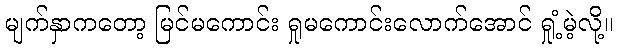
မျက်နှာကတော့ မြင်မကောင်း ရှုမကောင်းလောက်အောင် ရှုံ့မဲ့လို့။